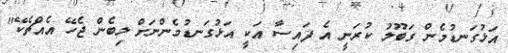
އަޅުގަނޑުމެން ގަބޫލު ކުރަނީ އެ ފައިސާ އަކީ އަޅުގަނޑުމެންނަށް ލިބެން ޖެހޭ އެއްޗެކޭ"